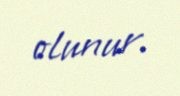
olunur.